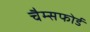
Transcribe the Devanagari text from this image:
चैम्सफोर्ड